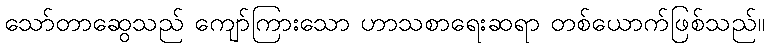
သော်တာဆွေသည် ကျော်ကြားသော ဟာသစာရေးဆရာ တစ်ယောက်ဖြစ်သည်။